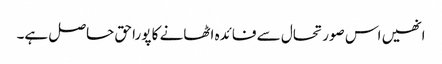
انھیں اس صورتحال سے فائدہ اٹھانے کا پورا حق حاصل ہے۔